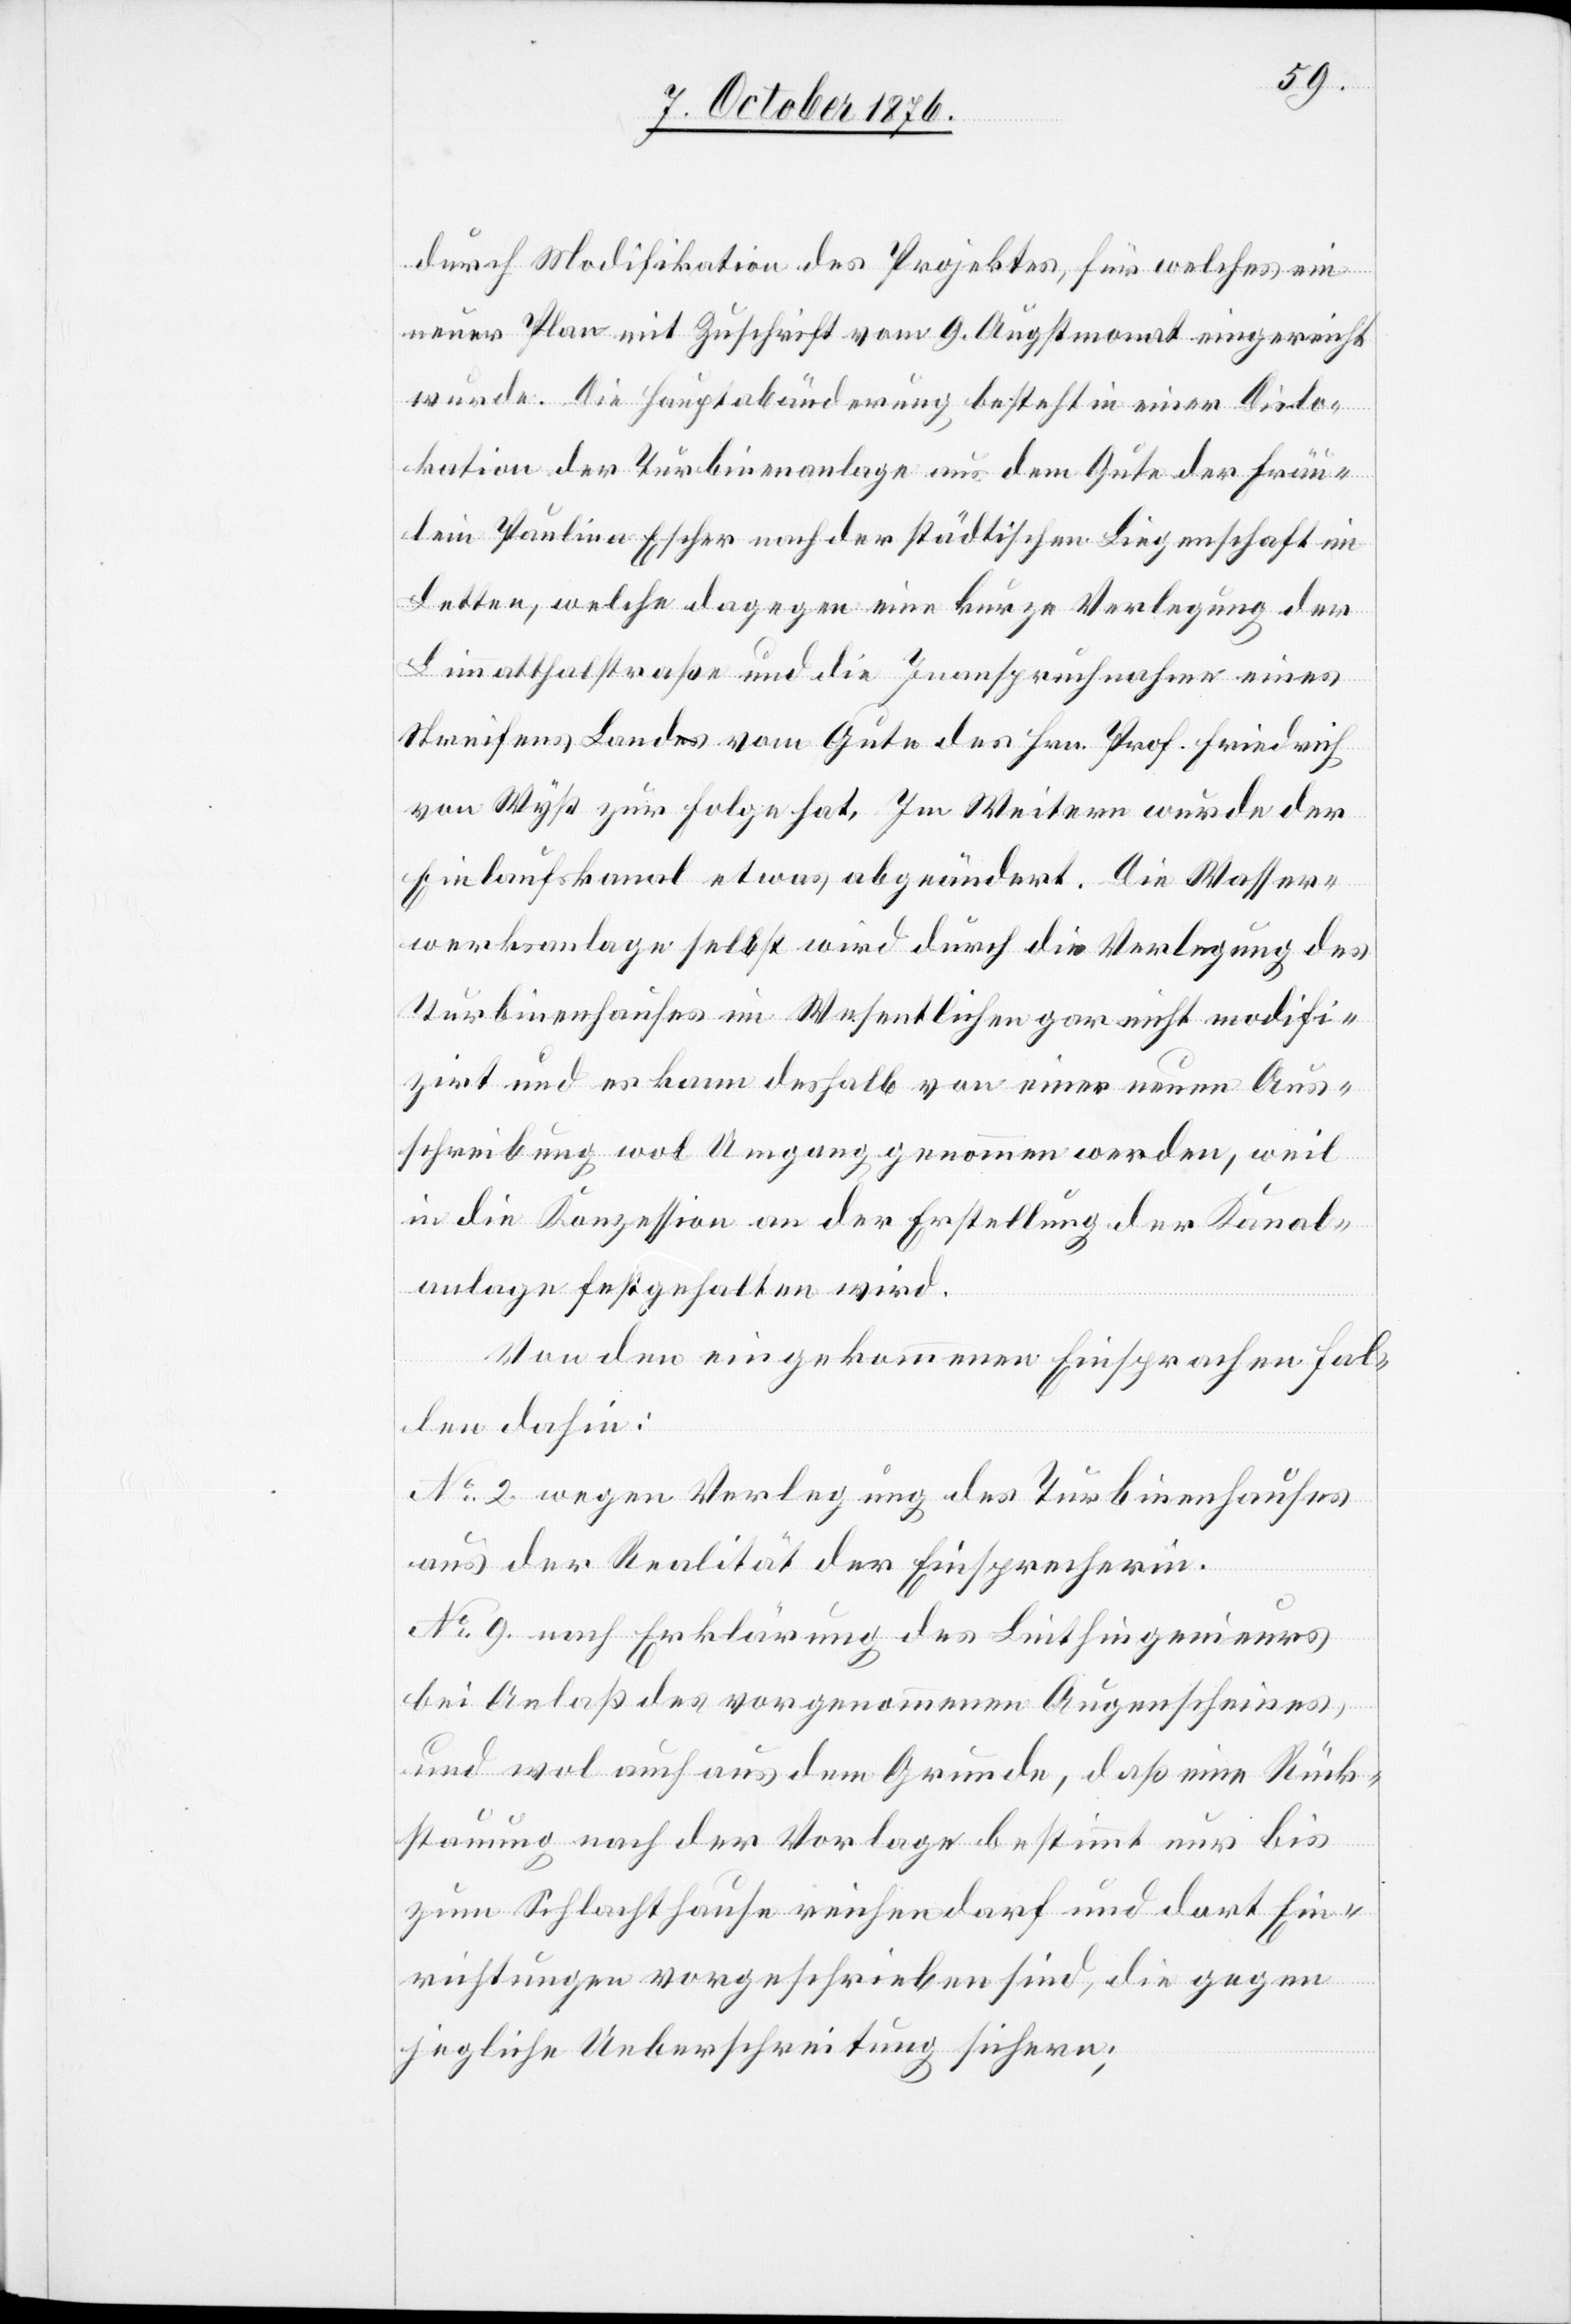
durch Modifikation des Projektes, für welches ein
neuer Plan mit Zuschrift vom 9. Augstmonat eingereicht
wurde. Die Hauptabänderung besteht in einer Dislo¬
kation der Turbinenanlage aus dem Gute der Fräu¬
lein Paulina Escher nach der städtischen Liegenschaft im
Letten, welche dagegen eine kurze Verlegung der
Limmatthalstraße und die Inanspruchnahme eines
Streifens Landes vom Gute des Hrn. Prof. Friedrich
von Wyß zur Folge hat. Im Weitern wurde der
Einlaufskanal etwas abgeändert. Die Wasser¬
werksanlage selbst wird durch die Verlegung des
Turbinenhauses im Wesentlichen gar nicht modifi¬
zirt und es kann deshalb von einer neuen Aus¬
schreibung wol Umgang genommen werde, weil
in die Konzession an der Erstellung der Kanal¬
anlage festgehalten wird.
Von den eingekommenen Einsprachen fal¬
len dahin:
No 2 wegen Verlegung des Turbinenhauses
aus der Realität der Einsprecherin.
No 9 nach Erklärung des Linthingenieurs
bei Anlaß des vorgenommenen Augenscheines,
und wol auch aus dem Grunde, daß eine Rück¬
stauung nach der Vorlage bestimmt nur bis
zum Schlachthause reichen darf und dort Ein¬
richtungen vorgeschrieben sind, die gegen
jegliche Ueberschreitung sichern;